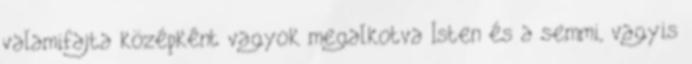
valamifajta középként vagyok megalkotva Isten és a semmi, vagyis